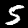
Label: 5